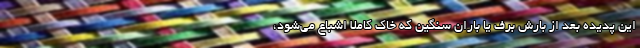
این پدیده بعد از بارش برف یا باران سنگین که خاک کاملا اشباع می‌شود،